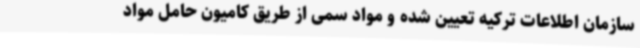
سازمان اطلاعات ترکیه تعیین شده و مواد سمی از طریق کامیون حامل مواد